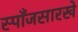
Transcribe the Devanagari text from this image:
स्पाँजसारखे